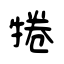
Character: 犈